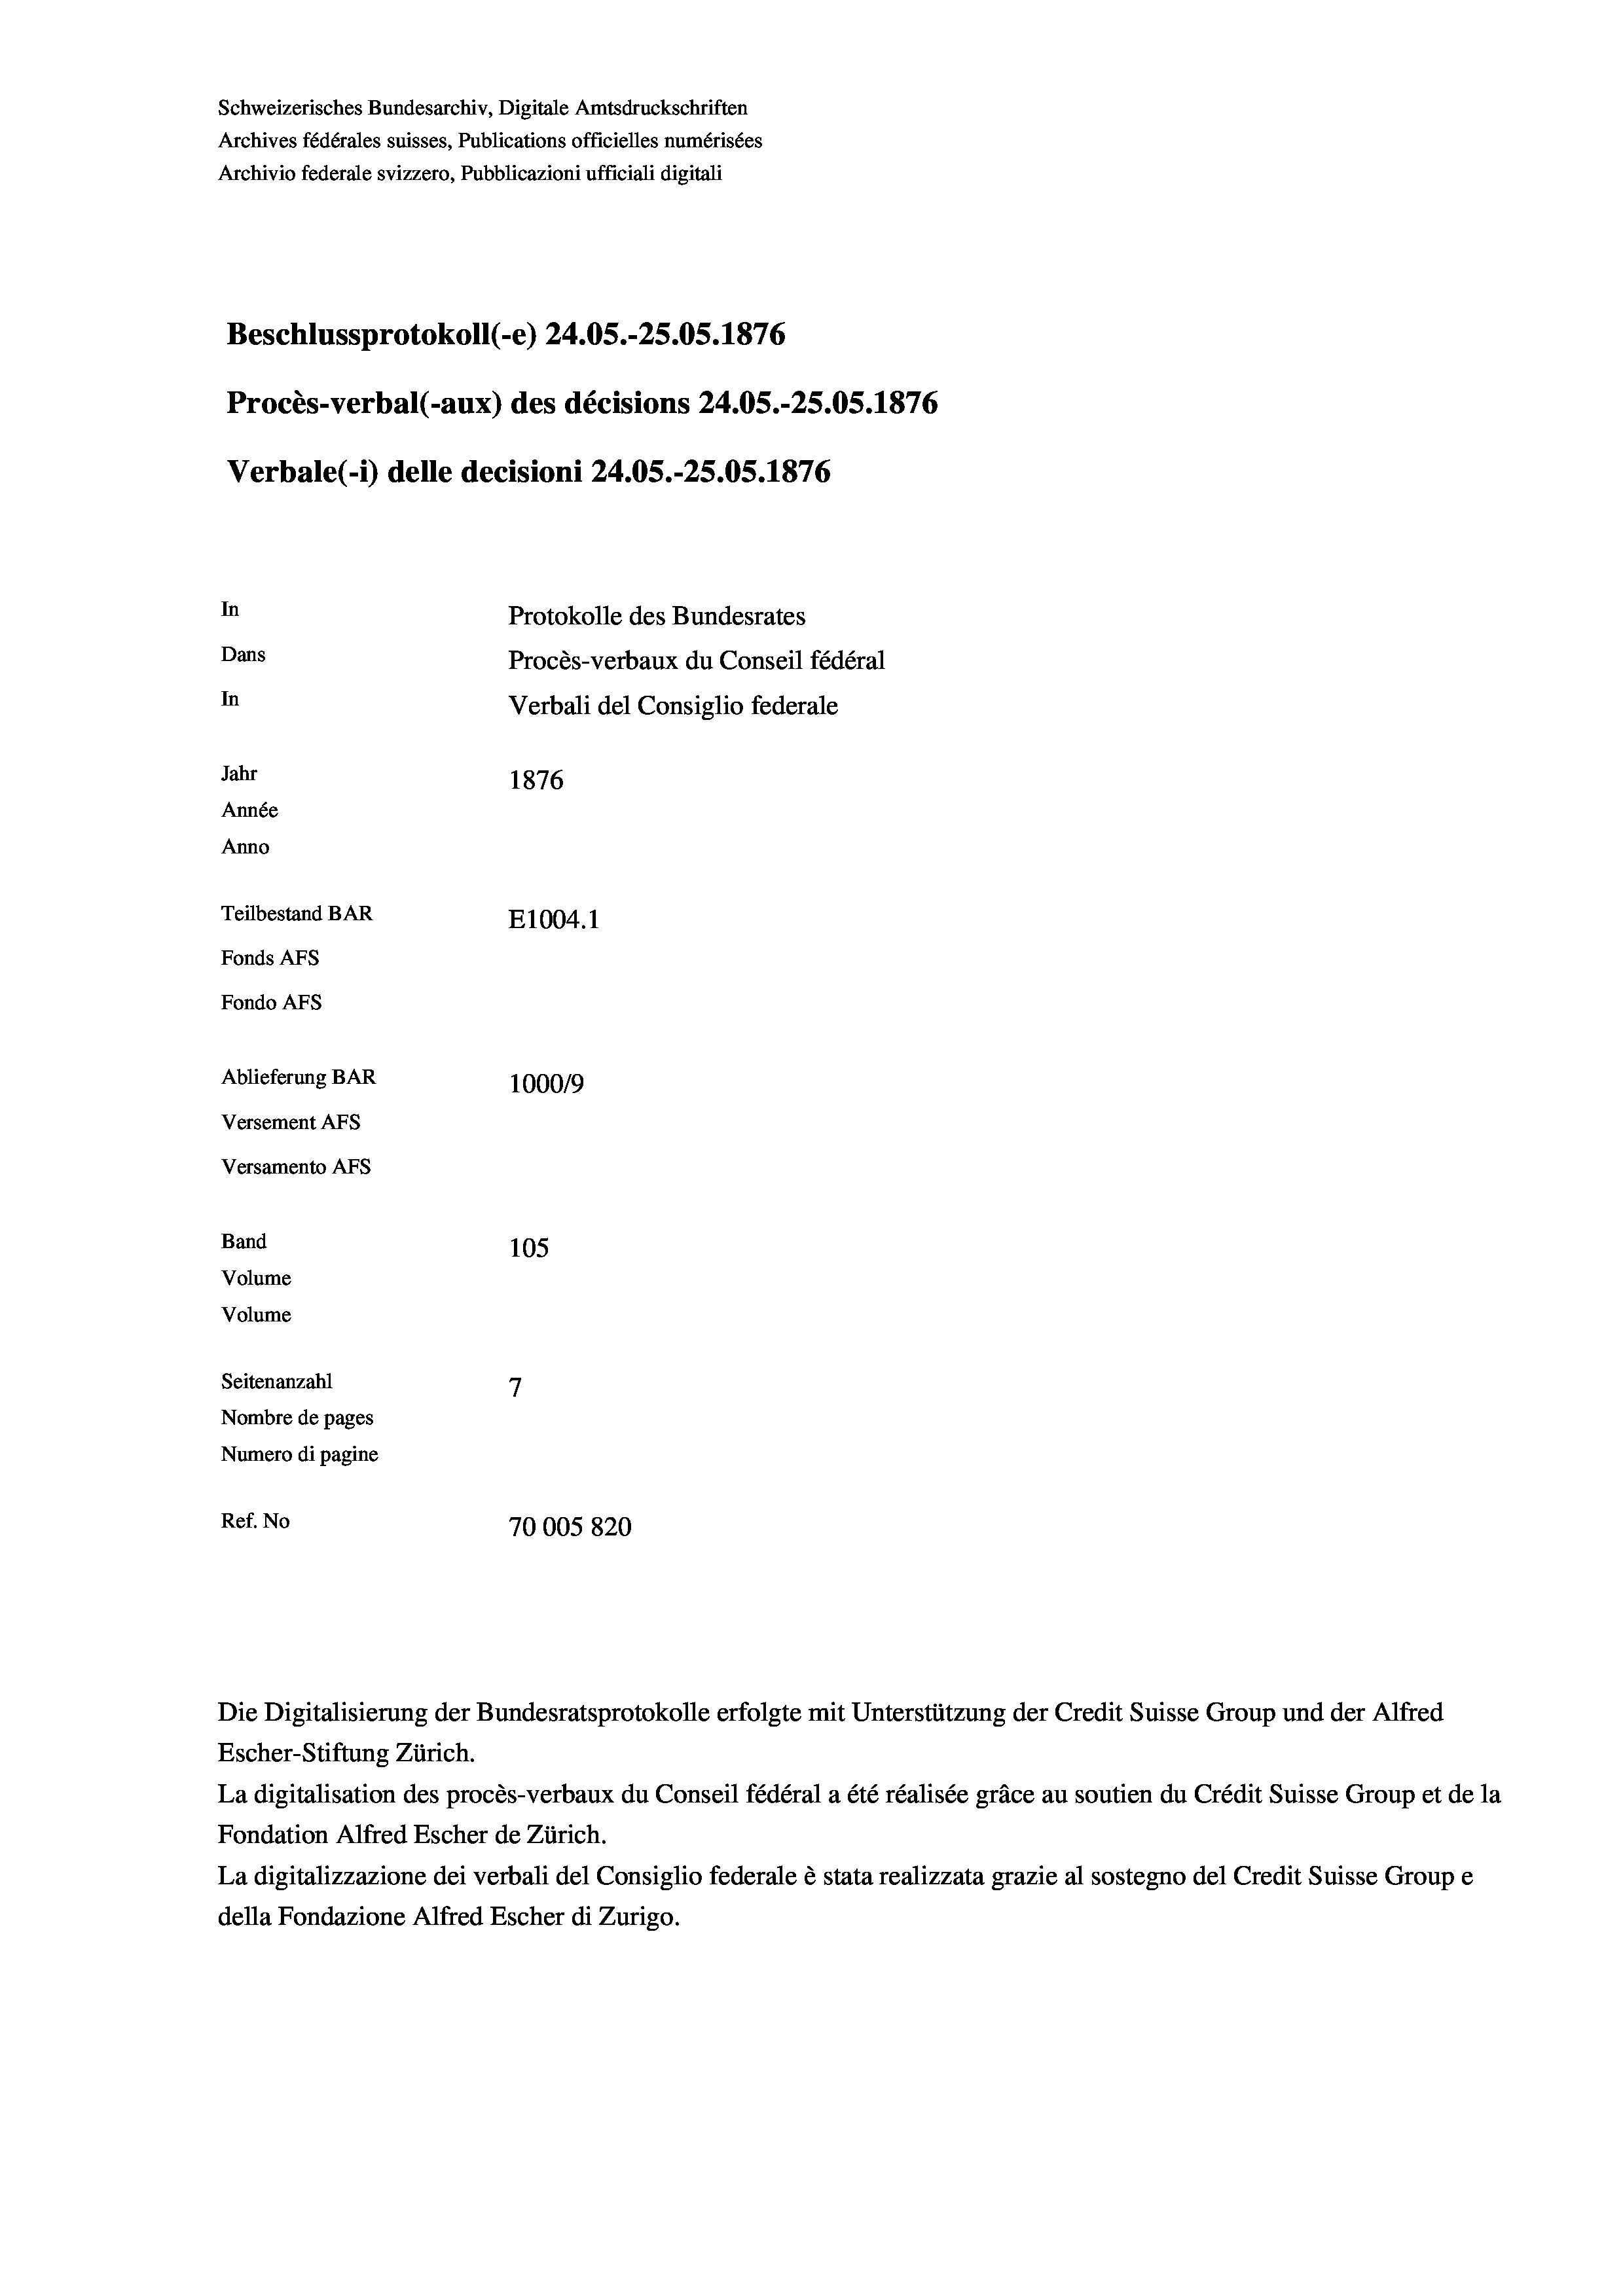
Schweizerisches Bundesarchiv, Digitale Amtsdruckschriften
Archives fédérales suisses, Publications officielles numérisées
Archivio federale svizzero, Pubblicazioni ufficiali digitali
Beschlussprotokoll (-e) 24.05.-25.05. 1876
Procès-verbal (-aux) des décisions 24.05.-25.05. 1876
Verbale (- 1) delle decisioni 24.05.-25.05. 1876
In
Protokolle des Bundesrates
Dans
Procès-verbaux du Conseil fédéral
In
Verbali del Consiglio federale
Jahr
1876
Année
Anno
Teilbestand BAR
E1004. 1
Fonds Afs
Fondo Afs
Ablieferung BAR
100019
Versement AFs
Versamento AFS
Band
105
Volume
Volume

Seitenanzahl
Nombre de pages
Numero di pagine
Ref. No
70005820

Escher-Stiftung Zürich.
La digitalisation des procès-verbaux du Conseil fédéral a été réalisée gräce au soutien du Crédit Suisse Group et de la
Fondation Alfred Escher de Zürich.
La digitalizzazione dei verbali del Consiglio federale è stata realizzata grazie al sostegno del Credit Suisse Groupe
della Fondazione Alfred Escher di Zurigo.

Die Digitalisierung der Bundesratsprotokolle erfolgte mit Unterstützung der Credit Suisse Group und der Alfred